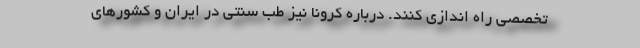
تخصصی راه اندازی کنند. درباره کرونا نیز طب سنتی در ایران و کشورهای